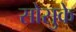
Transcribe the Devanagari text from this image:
सोसुके